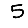
Digit: 5